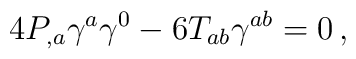
4  P_{,a}\gamma^a\gamma^0-6T_{ab} \gamma^{ab}=0\, ,